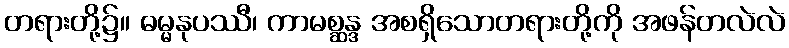
တရားတို့၌။ ဓမ္မနုပဿီ၊ ကာမစ္ဆန္ဒ အစရှိသောတရားတို့ကို အဖန်တလဲလဲ